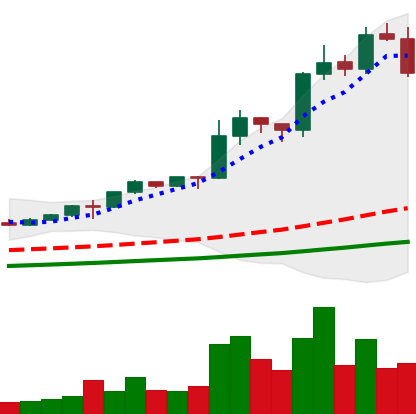
Ticker: LINK-USD
Chart end date: 2020-08-17
Forward return: -4.462%
Label: down_3_5